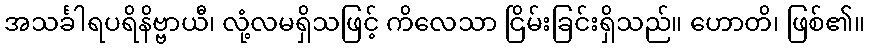
အသင်္ခါရပရိနိဗ္ဗာယီ၊ လုံ့လမရှိသဖြင့် ကိလေသာ ငြိမ်းခြင်းရှိသည်။ ဟောတိ၊ ဖြစ်၏။